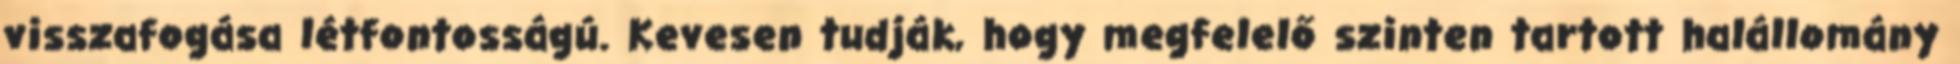
visszafogása létfontosságú. Kevesen tudják, hogy megfelelő szinten tartott halállomány